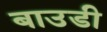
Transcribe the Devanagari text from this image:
बाउडी